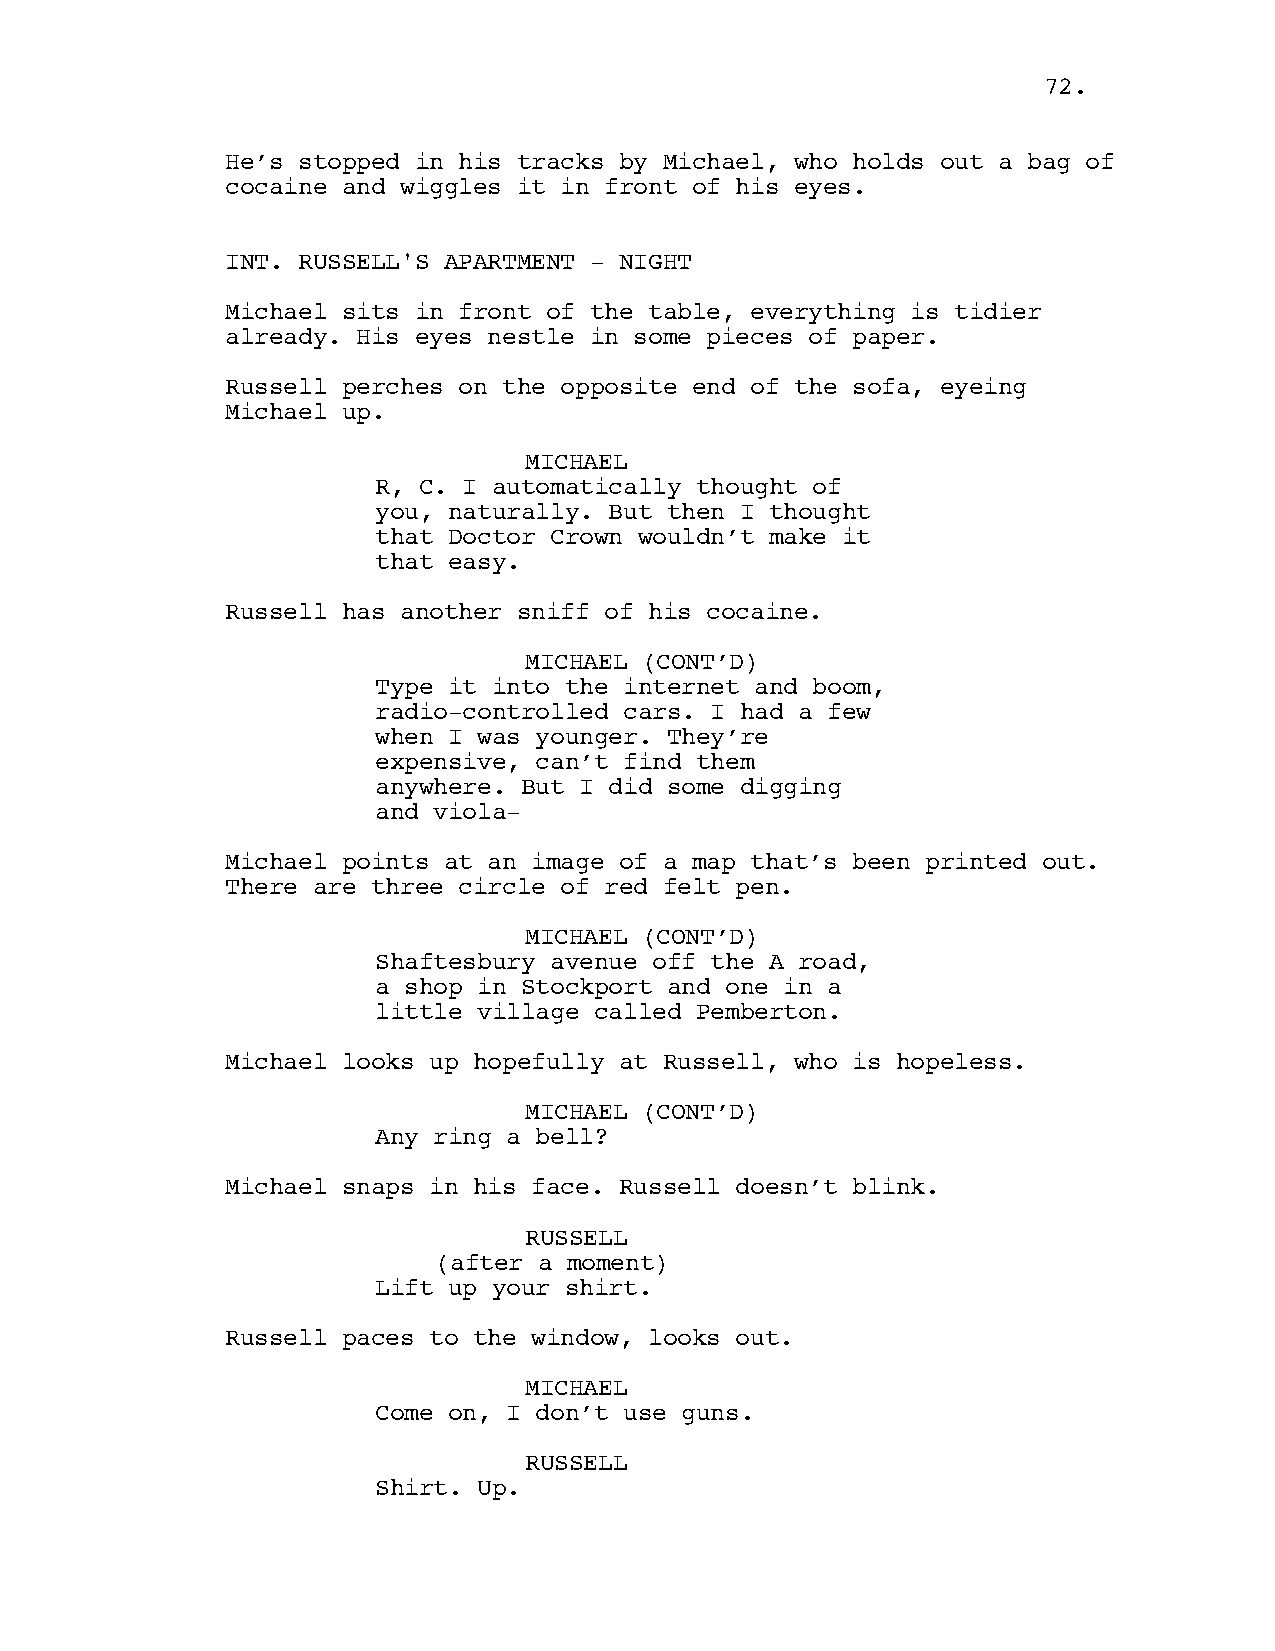
72.
 He’s stopped in his tracks by Michael, who holds out a bag of
 cocaine and wiggles it in front of his eyes.
 INT. RUSSELL'S APARTMENT - NIGHT
 Michael sits in front of the table, everything is tidier
 already. His eyes nestle in some pieces of paper.
 Russell perches on the opposite end of the sofa, eyeing
 Michael up.
 MICHAEL
 R, C. I automatically thought of
 you, naturally. But then I thought
 that Doctor Crown wouldn’t make it
 that easy.
 Russell has another sniff of his cocaine.
 MICHAEL (CONT’D)
 Type it into the internet and boom,
 radio-controlled cars. I had a few
 when I was younger. They’re
 expensive, can’t find them
 anywhere. But I did some digging
 and viola-
 Michael points at an image of a map that’s been printed out.
 There are three circle of red felt pen.
 MICHAEL (CONT’D)
 Shaftesbury avenue off the A road,
 a shop in Stockport and one in a
 little village called Pemberton.
 Michael looks up hopefully at Russell, who is hopeless.
 MICHAEL (CONT’D)
 Any ring a bell?
 Michael snaps in his face. Russell doesn’t blink.
 RUSSELL
 (after a moment)
 Lift up your shirt.
 Russell paces to the window, looks out.
 MICHAEL
 Come on, I don’t use guns.
 RUSSELL
 Shirt. Up.